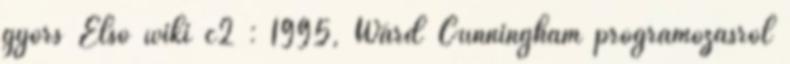
gyors Első wiki c2 : 1995, Ward Cunningham programozásról